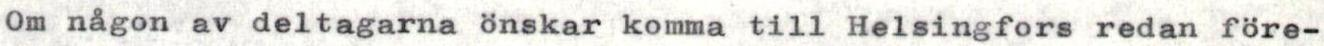
Om någon av deltagarna önskar komma till Helsingfors redan före-